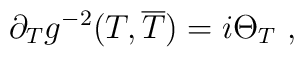
\partial_T g^{-2}(T,\overline{T})=i\Theta_T\ ,